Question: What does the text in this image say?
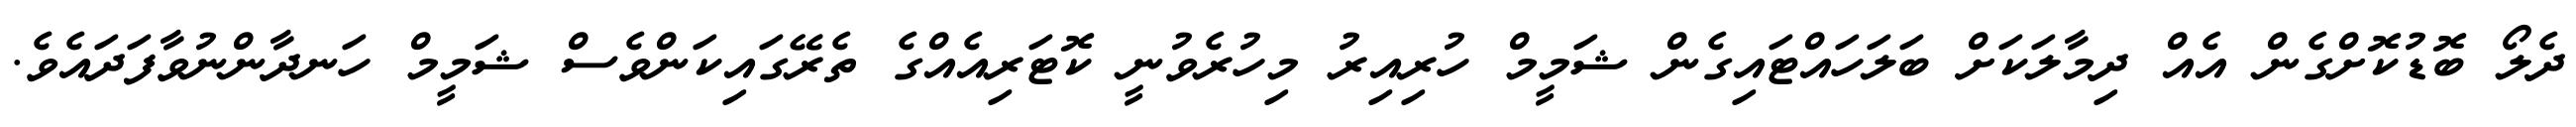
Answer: ދެލޯ ބޮޑުކޮށްގެން އެއް ދިމާލަކަށް ބަލަހައްޓައިގެން ޝަމީމް ހުރިއިރު މިހުރެވުނީ ކޮޓަރިއެއްގެ ތެރޭގައިކަންވެސް ޝަމީމް ހަނދާންނުވާފަދައެވެ.